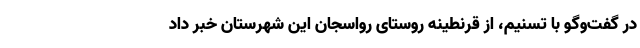
در گفت‌وگو با تسنیم، از قرنطینه روستای رواسجان این شهرستان خبر داد